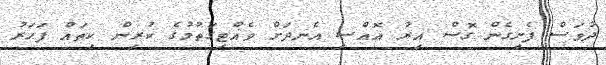
ދުވަސް ފެށިގެން ގޮސް އިރު އޮއްސި އެނދަށް ވެއްޓިގަތުމުގެ ކުރިން ކިތައް ފަހަރު